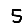
Digit: 5